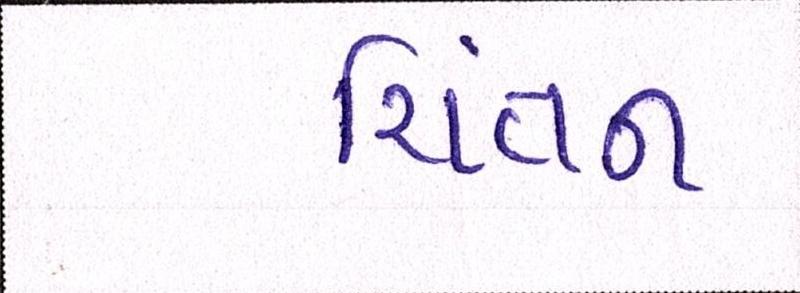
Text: ચિંતન